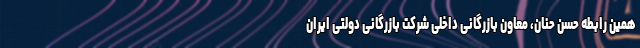
همین رابطه حسن حنان، معاون بازرگانی داخلی شرکت بازرگانی دولتی ایران